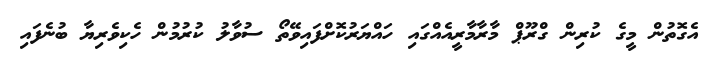
އެގޮތުން މީގެ ކުރިން ގްރޫޕް މާރާމާރީއެއްގައި ހައްޔަރުކޮށްފައިވޭތޯ ސުވާލު ކުރުމުން ހެކިވެރިޔާ ބުނެފައި